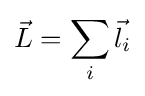
{\vec {L}}=\sum _{i}{\vec {l}}_{i}